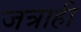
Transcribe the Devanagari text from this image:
जत्राही